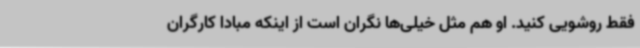
فقط روشویی کنید. او هم مثل خیلی‌ها نگران است از اینکه مبادا کارگران